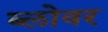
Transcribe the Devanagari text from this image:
ब्लोवर